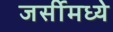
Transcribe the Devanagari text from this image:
जर्सीमध्ये